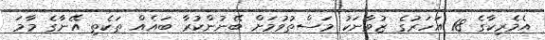
އެމެރިކާގެ 18 އަހަރުގެ ޒުވާނަކު މަސްތުވުމަށް ބޭނުންކުރާ ބައެއް ތަކެތި އޭނާގެ މާމަ